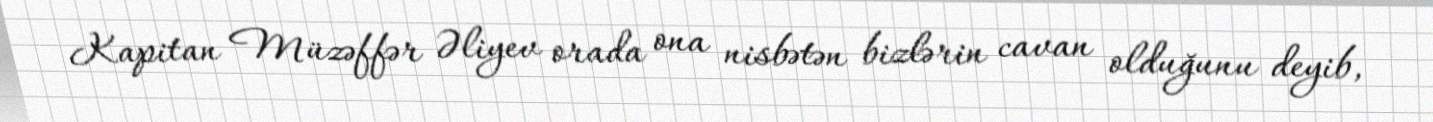
Kapitan Müzəffər Əliyev orada ona nisbətən bizlərin cavan olduğunu deyib,